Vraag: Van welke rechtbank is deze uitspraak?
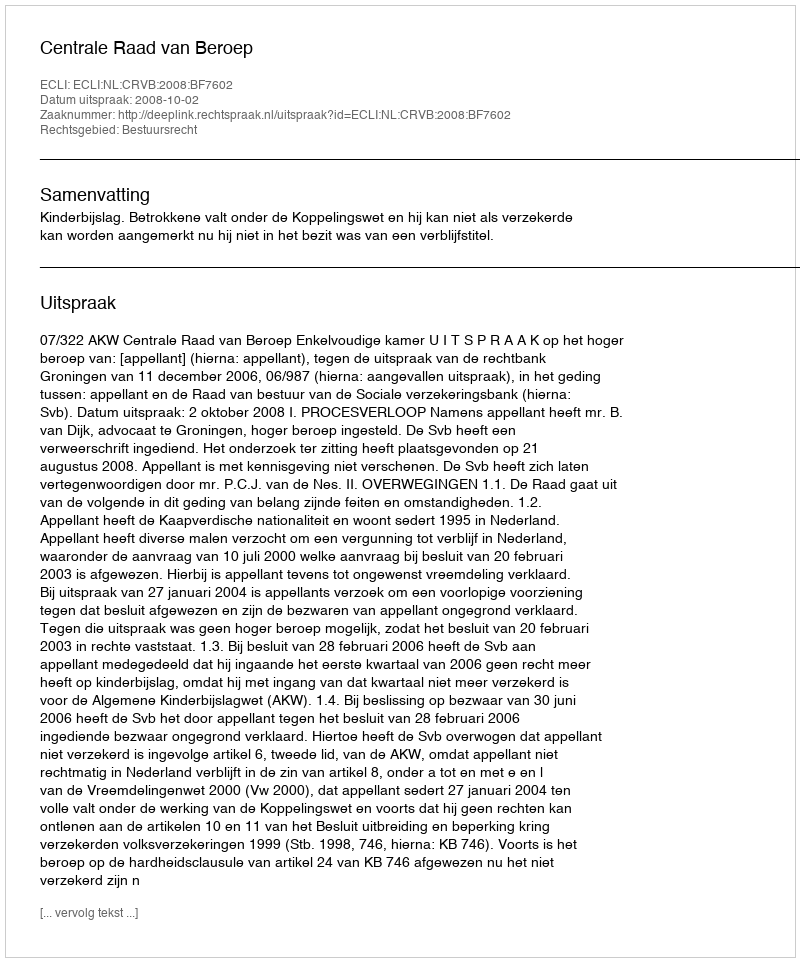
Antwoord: Centrale Raad van Beroep